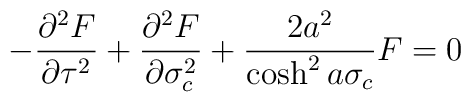
-\frac{{\partial}^{2}F}{{\partial}\tau^{2}} +\frac{{\partial}^{2}F}{{\partial}\sigma_{c}^{2}} + \frac{2a^{2}}{\cosh^{2}a\sigma_{c}} F= 0